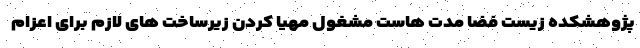
پژوهشکده زیست فضا مدت هاست مشغول مهیا کردن زیرساخت های لازم برای اعزام